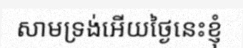
សាមទ្រង់អើយថ្ងៃនេះខ្ញុំ